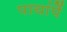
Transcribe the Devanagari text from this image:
पायांपें